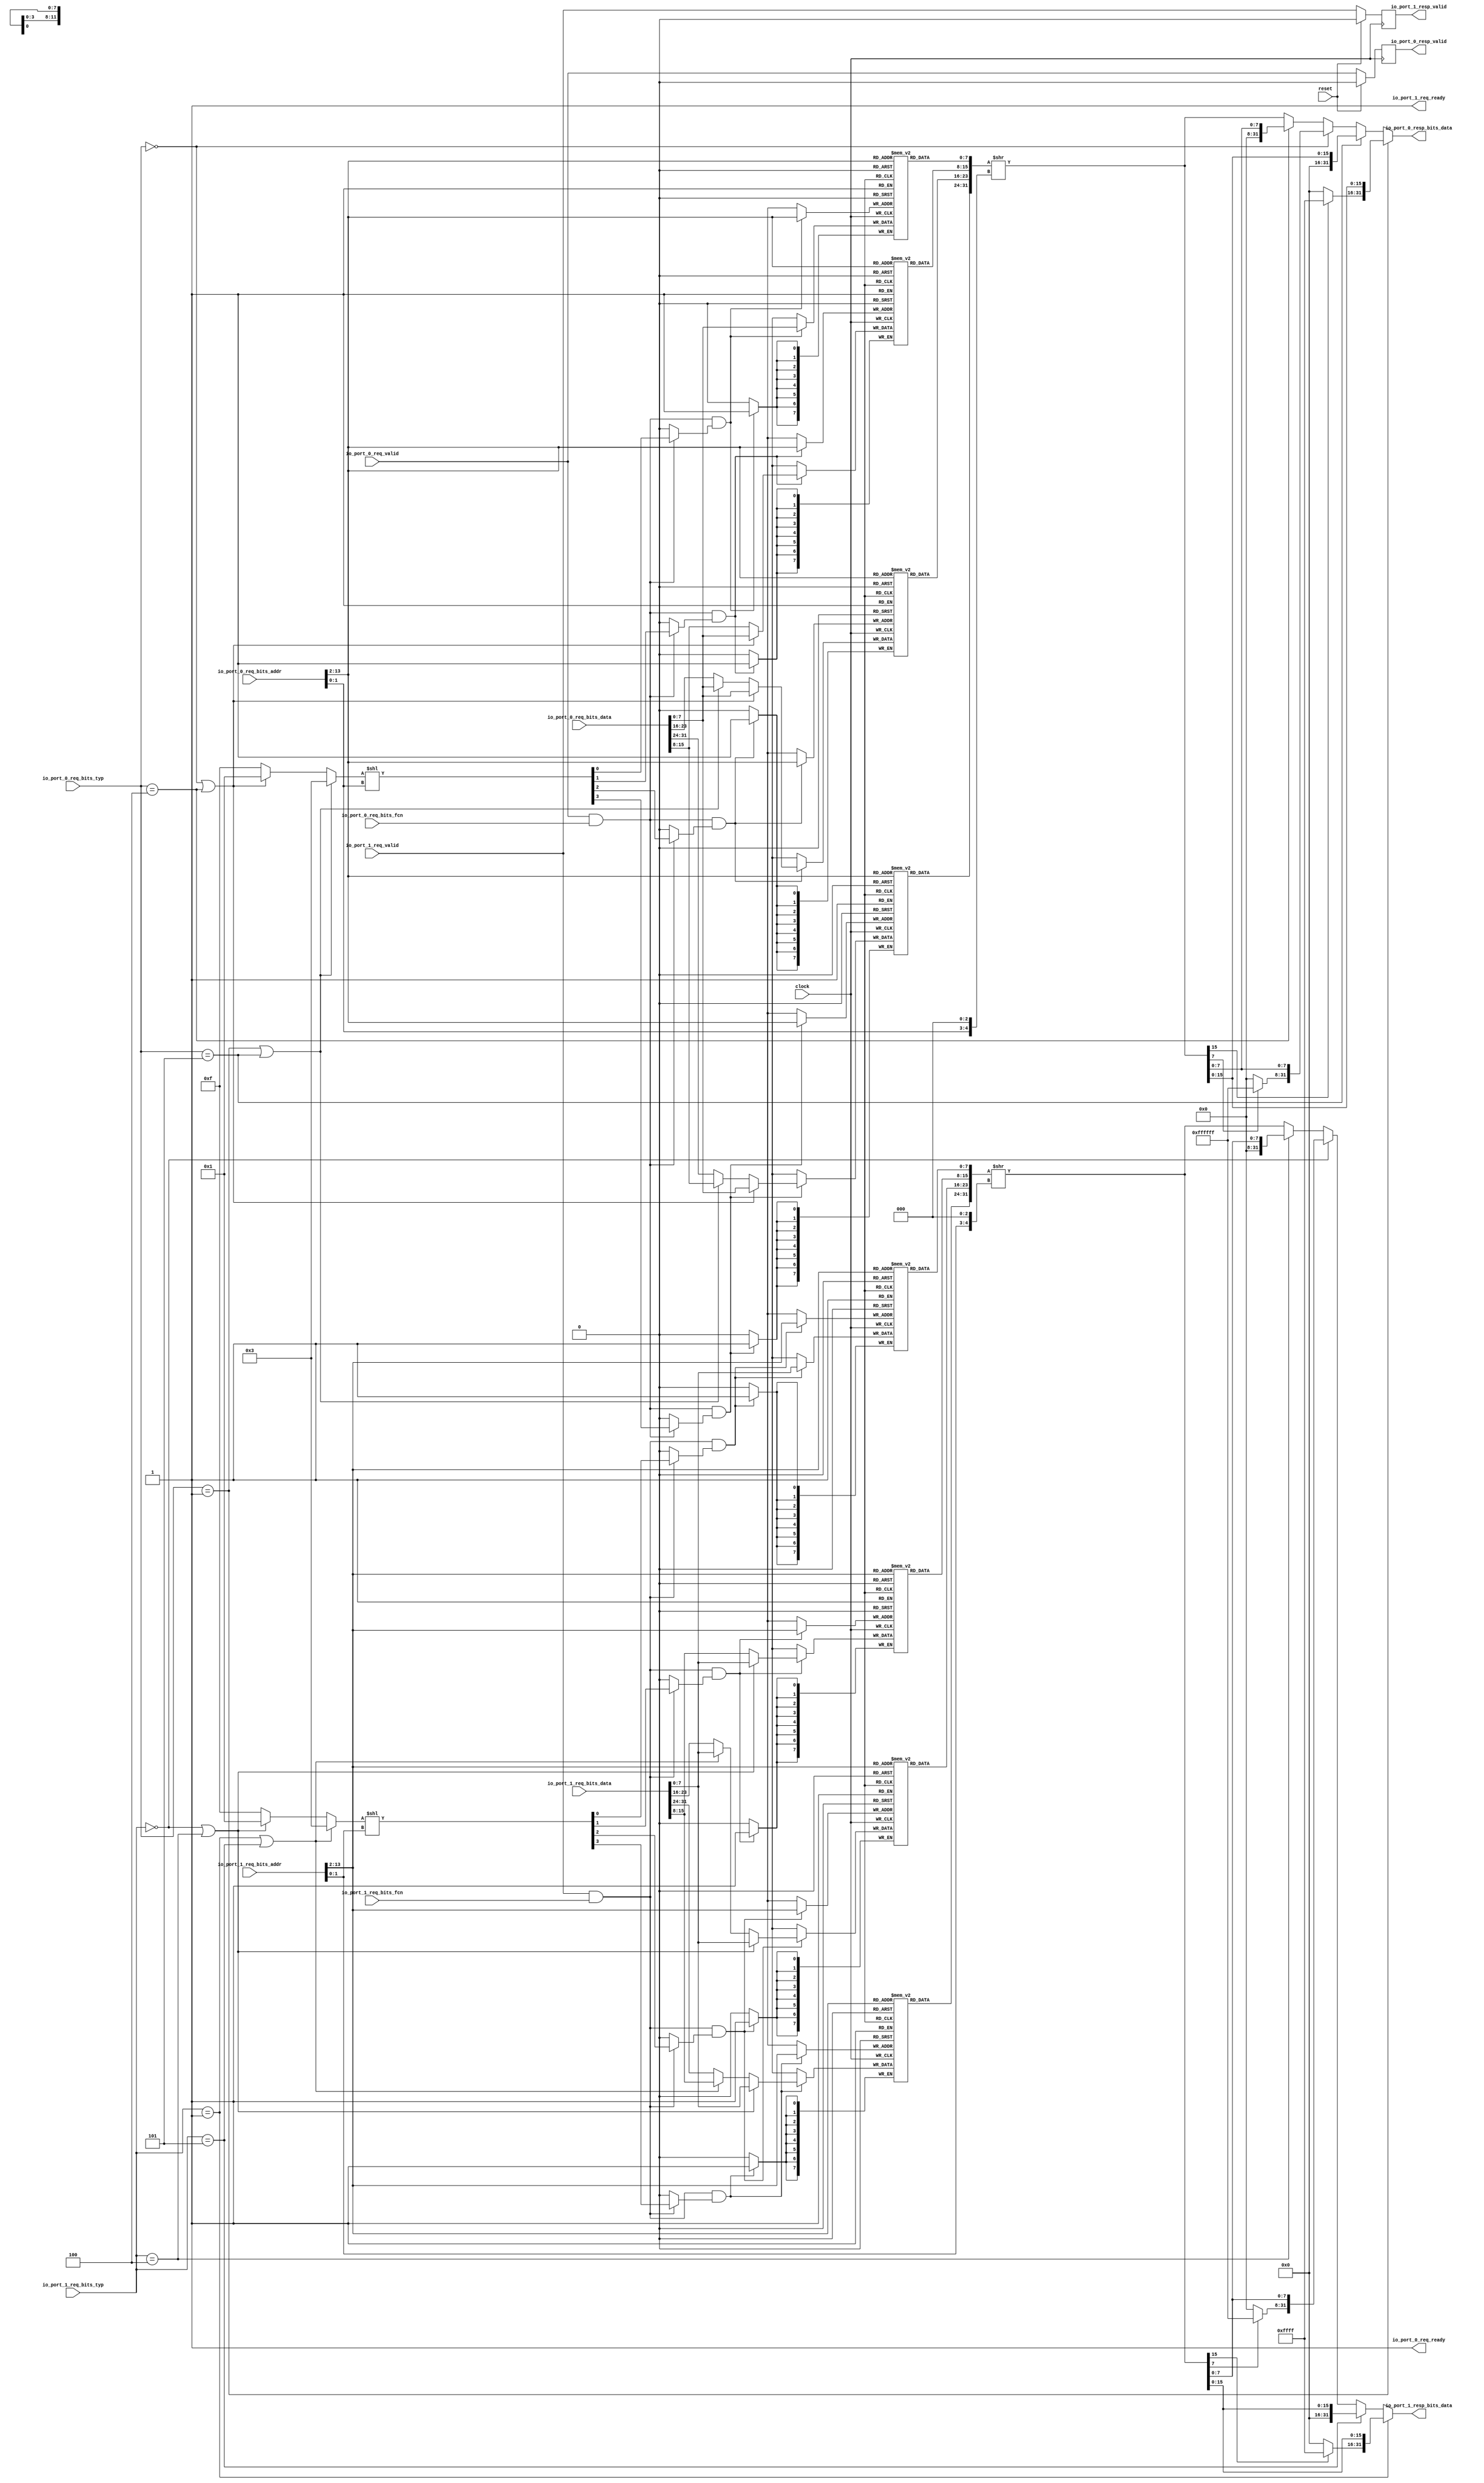
`ifdef RANDOMIZE_GARBAGE_ASSIGN
`define RANDOMIZE
`endif
`ifdef RANDOMIZE_INVALID_ASSIGN
`define RANDOMIZE
`endif
`ifdef RANDOMIZE_REG_INIT
`define RANDOMIZE
`endif
`ifdef RANDOMIZE_MEM_INIT
`define RANDOMIZE
`endif

module OnChipMemory(
  input         clock,
  input         reset,
  output        io_port_0_req_ready,
  input         io_port_0_req_valid,
  input  [31:0] io_port_0_req_bits_addr,
  input  [31:0] io_port_0_req_bits_data,
  input         io_port_0_req_bits_fcn,
  input  [2:0]  io_port_0_req_bits_typ,
  output        io_port_0_resp_valid,
  output [31:0] io_port_0_resp_bits_data,
  output        io_port_1_req_ready,
  input         io_port_1_req_valid,
  input  [31:0] io_port_1_req_bits_addr,
  input  [31:0] io_port_1_req_bits_data,
  input         io_port_1_req_bits_fcn,
  input  [2:0]  io_port_1_req_bits_typ,
  output        io_port_1_resp_valid,
  output [31:0] io_port_1_resp_bits_data
);
  reg [7:0] chipMem_0_0 [0:4095];
  reg [31:0] _GEN_0;
  wire [7:0] chipMem_0_0__T_230_data;
  wire [11:0] chipMem_0_0__T_230_addr;
  wire [7:0] chipMem_0_0__T_396_data;
  wire [11:0] chipMem_0_0__T_396_addr;
  wire  chipMem_0_0__T_396_mask;
  wire  chipMem_0_0__T_396_en;
  reg [7:0] chipMem_0_1 [0:4095];
  reg [31:0] _GEN_1;
  wire [7:0] chipMem_0_1__T_230_data;
  wire [11:0] chipMem_0_1__T_230_addr;
  wire [7:0] chipMem_0_1__T_396_data;
  wire [11:0] chipMem_0_1__T_396_addr;
  wire  chipMem_0_1__T_396_mask;
  wire  chipMem_0_1__T_396_en;
  reg [7:0] chipMem_0_2 [0:4095];
  reg [31:0] _GEN_2;
  wire [7:0] chipMem_0_2__T_230_data;
  wire [11:0] chipMem_0_2__T_230_addr;
  wire [7:0] chipMem_0_2__T_396_data;
  wire [11:0] chipMem_0_2__T_396_addr;
  wire  chipMem_0_2__T_396_mask;
  wire  chipMem_0_2__T_396_en;
  reg [7:0] chipMem_0_3 [0:4095];
  reg [31:0] _GEN_3;
  wire [7:0] chipMem_0_3__T_230_data;
  wire [11:0] chipMem_0_3__T_230_addr;
  wire [7:0] chipMem_0_3__T_396_data;
  wire [11:0] chipMem_0_3__T_396_addr;
  wire  chipMem_0_3__T_396_mask;
  wire  chipMem_0_3__T_396_en;
  reg [7:0] chipMem_1_0 [0:4095];
  reg [31:0] _GEN_4;
  wire [7:0] chipMem_1_0__T_437_data;
  wire [11:0] chipMem_1_0__T_437_addr;
  wire [7:0] chipMem_1_0__T_592_data;
  wire [11:0] chipMem_1_0__T_592_addr;
  wire  chipMem_1_0__T_592_mask;
  wire  chipMem_1_0__T_592_en;
  reg [7:0] chipMem_1_1 [0:4095];
  reg [31:0] _GEN_5;
  wire [7:0] chipMem_1_1__T_437_data;
  wire [11:0] chipMem_1_1__T_437_addr;
  wire [7:0] chipMem_1_1__T_592_data;
  wire [11:0] chipMem_1_1__T_592_addr;
  wire  chipMem_1_1__T_592_mask;
  wire  chipMem_1_1__T_592_en;
  reg [7:0] chipMem_1_2 [0:4095];
  reg [31:0] _GEN_6;
  wire [7:0] chipMem_1_2__T_437_data;
  wire [11:0] chipMem_1_2__T_437_addr;
  wire [7:0] chipMem_1_2__T_592_data;
  wire [11:0] chipMem_1_2__T_592_addr;
  wire  chipMem_1_2__T_592_mask;
  wire  chipMem_1_2__T_592_en;
  reg [7:0] chipMem_1_3 [0:4095];
  reg [31:0] _GEN_7;
  wire [7:0] chipMem_1_3__T_437_data;
  wire [11:0] chipMem_1_3__T_437_addr;
  wire [7:0] chipMem_1_3__T_592_data;
  wire [11:0] chipMem_1_3__T_592_addr;
  wire  chipMem_1_3__T_592_mask;
  wire  chipMem_1_3__T_592_en;
  reg  _T_208;
  reg [31:0] _GEN_8;
  wire [1:0] _T_210;
  wire [4:0] _T_212;
  reg [31:0] _T_214;
  reg [31:0] _GEN_9;
  wire [31:0] _T_216;
  wire [7:0] _T_220_0;
  wire [7:0] _T_220_1;
  wire [7:0] _T_220_2;
  wire [7:0] _T_220_3;
  wire [31:0] _T_228;
  wire [11:0] _T_229;
  wire [15:0] _T_242;
  wire [15:0] _T_243;
  wire [31:0] _T_244;
  wire [31:0] _T_245;
  wire  _T_257;
  wire  _T_258;
  wire [15:0] _T_262;
  wire [15:0] _T_263;
  wire [31:0] _T_264;
  wire  _T_265;
  wire [31:0] _T_272;
  wire  _T_273;
  wire  _T_274;
  wire [23:0] _T_278;
  wire [7:0] _T_279;
  wire [31:0] _T_280;
  wire  _T_281;
  wire [31:0] _T_288;
  wire [31:0] _T_290;
  wire [31:0] _T_291;
  wire [31:0] _T_292;
  wire [31:0] _T_293;
  wire  _T_295;
  wire  _T_301;
  wire  _T_304;
  wire [7:0] _T_308_0;
  wire [7:0] _T_308_1;
  wire [7:0] _T_308_2;
  wire [7:0] _T_308_3;
  wire [7:0] _T_315;
  wire [7:0] _T_321_0;
  wire [7:0] _T_321_1;
  wire [7:0] _T_321_2;
  wire [7:0] _T_321_3;
  wire [7:0] _T_329;
  wire [7:0] _T_334_0;
  wire [7:0] _T_334_1;
  wire [7:0] _T_334_2;
  wire [7:0] _T_334_3;
  wire [7:0] _T_343;
  wire [7:0] _T_344;
  wire [7:0] _T_347_0;
  wire [7:0] _T_347_1;
  wire [7:0] _T_347_2;
  wire [7:0] _T_347_3;
  wire [7:0] _T_354_0;
  wire [7:0] _T_354_1;
  wire [7:0] _T_354_2;
  wire [7:0] _T_354_3;
  wire [7:0] _T_366_0;
  wire [7:0] _T_366_1;
  wire [7:0] _T_366_2;
  wire [7:0] _T_366_3;
  wire [3:0] _T_387;
  wire [3:0] _T_388;
  wire [6:0] _GEN_88;
  wire [6:0] _T_389;
  wire [3:0] _T_390;
  wire  _T_391;
  wire  _T_392;
  wire  _T_393;
  wire  _T_394;
  wire  _GEN_12;
  wire  _GEN_14;
  wire  _GEN_16;
  wire  _GEN_18;
  wire  _T_408;
  wire  _T_409;
  wire  _T_411;
  wire  _T_412;
  wire [31:0] _GEN_19;
  reg  _T_415;
  reg [31:0] _GEN_10;
  wire [1:0] _T_417;
  wire [4:0] _T_419;
  reg [31:0] _T_421;
  reg [31:0] _GEN_11;
  wire [31:0] _T_423;
  wire [7:0] _T_427_0;
  wire [7:0] _T_427_1;
  wire [7:0] _T_427_2;
  wire [7:0] _T_427_3;
  wire [31:0] _T_435;
  wire [11:0] _T_436;
  wire [15:0] _T_449;
  wire [15:0] _T_450;
  wire [31:0] _T_451;
  wire [31:0] _T_452;
  wire  _T_453;
  wire  _T_454;
  wire [15:0] _T_458;
  wire [15:0] _T_459;
  wire [31:0] _T_460;
  wire  _T_461;
  wire [31:0] _T_468;
  wire  _T_469;
  wire  _T_470;
  wire [23:0] _T_474;
  wire [7:0] _T_475;
  wire [31:0] _T_476;
  wire  _T_477;
  wire [31:0] _T_484;
  wire [31:0] _T_486;
  wire [31:0] _T_487;
  wire [31:0] _T_488;
  wire [31:0] _T_489;
  wire  _T_491;
  wire  _T_497;
  wire  _T_500;
  wire [7:0] _T_504_0;
  wire [7:0] _T_504_1;
  wire [7:0] _T_504_2;
  wire [7:0] _T_504_3;
  wire [7:0] _T_511;
  wire [7:0] _T_517_0;
  wire [7:0] _T_517_1;
  wire [7:0] _T_517_2;
  wire [7:0] _T_517_3;
  wire [7:0] _T_525;
  wire [7:0] _T_530_0;
  wire [7:0] _T_530_1;
  wire [7:0] _T_530_2;
  wire [7:0] _T_530_3;
  wire [7:0] _T_539;
  wire [7:0] _T_540;
  wire [7:0] _T_543_0;
  wire [7:0] _T_543_1;
  wire [7:0] _T_543_2;
  wire [7:0] _T_543_3;
  wire [7:0] _T_550_0;
  wire [7:0] _T_550_1;
  wire [7:0] _T_550_2;
  wire [7:0] _T_550_3;
  wire [7:0] _T_562_0;
  wire [7:0] _T_562_1;
  wire [7:0] _T_562_2;
  wire [7:0] _T_562_3;
  wire [3:0] _T_583;
  wire [3:0] _T_584;
  wire [6:0] _GEN_89;
  wire [6:0] _T_585;
  wire [3:0] _T_586;
  wire  _T_587;
  wire  _T_588;
  wire  _T_589;
  wire  _T_590;
  wire  _GEN_32;
  wire  _GEN_34;
  wire  _GEN_36;
  wire  _GEN_38;
  wire  _T_604;
  wire  _T_605;
  wire  _T_607;
  wire  _T_608;
  wire [31:0] _GEN_39;
  assign io_port_0_req_ready = 1'h1;
  assign io_port_0_resp_valid = _T_208;
  assign io_port_0_resp_bits_data = _T_228;
  assign io_port_1_req_ready = 1'h1;
  assign io_port_1_resp_valid = _T_415;
  assign io_port_1_resp_bits_data = _T_435;
  assign chipMem_0_0__T_230_addr = _T_229;
  assign chipMem_0_0__T_230_data = chipMem_0_0[chipMem_0_0__T_230_addr];
  assign chipMem_0_0__T_396_data = _T_308_0;
  assign chipMem_0_0__T_396_addr = _T_229;
  assign chipMem_0_0__T_396_mask = _GEN_12;
  assign chipMem_0_0__T_396_en = _T_295;
  assign chipMem_0_1__T_230_addr = _T_229;
  assign chipMem_0_1__T_230_data = chipMem_0_1[chipMem_0_1__T_230_addr];
  assign chipMem_0_1__T_396_data = _T_308_1;
  assign chipMem_0_1__T_396_addr = _T_229;
  assign chipMem_0_1__T_396_mask = _GEN_14;
  assign chipMem_0_1__T_396_en = _T_295;
  assign chipMem_0_2__T_230_addr = _T_229;
  assign chipMem_0_2__T_230_data = chipMem_0_2[chipMem_0_2__T_230_addr];
  assign chipMem_0_2__T_396_data = _T_308_2;
  assign chipMem_0_2__T_396_addr = _T_229;
  assign chipMem_0_2__T_396_mask = _GEN_16;
  assign chipMem_0_2__T_396_en = _T_295;
  assign chipMem_0_3__T_230_addr = _T_229;
  assign chipMem_0_3__T_230_data = chipMem_0_3[chipMem_0_3__T_230_addr];
  assign chipMem_0_3__T_396_data = _T_308_3;
  assign chipMem_0_3__T_396_addr = _T_229;
  assign chipMem_0_3__T_396_mask = _GEN_18;
  assign chipMem_0_3__T_396_en = _T_295;
  assign chipMem_1_0__T_437_addr = _T_436;
  assign chipMem_1_0__T_437_data = chipMem_1_0[chipMem_1_0__T_437_addr];
  assign chipMem_1_0__T_592_data = _T_504_0;
  assign chipMem_1_0__T_592_addr = _T_436;
  assign chipMem_1_0__T_592_mask = _GEN_32;
  assign chipMem_1_0__T_592_en = _T_491;
  assign chipMem_1_1__T_437_addr = _T_436;
  assign chipMem_1_1__T_437_data = chipMem_1_1[chipMem_1_1__T_437_addr];
  assign chipMem_1_1__T_592_data = _T_504_1;
  assign chipMem_1_1__T_592_addr = _T_436;
  assign chipMem_1_1__T_592_mask = _GEN_34;
  assign chipMem_1_1__T_592_en = _T_491;
  assign chipMem_1_2__T_437_addr = _T_436;
  assign chipMem_1_2__T_437_data = chipMem_1_2[chipMem_1_2__T_437_addr];
  assign chipMem_1_2__T_592_data = _T_504_2;
  assign chipMem_1_2__T_592_addr = _T_436;
  assign chipMem_1_2__T_592_mask = _GEN_36;
  assign chipMem_1_2__T_592_en = _T_491;
  assign chipMem_1_3__T_437_addr = _T_436;
  assign chipMem_1_3__T_437_data = chipMem_1_3[chipMem_1_3__T_437_addr];
  assign chipMem_1_3__T_592_data = _T_504_3;
  assign chipMem_1_3__T_592_addr = _T_436;
  assign chipMem_1_3__T_592_mask = _GEN_38;
  assign chipMem_1_3__T_592_en = _T_491;
  assign _T_210 = io_port_0_req_bits_addr[1:0];
  assign _T_212 = {_T_210,3'h0};
  assign _T_216 = io_port_0_req_bits_addr >> 2'h2;
  assign _T_220_0 = chipMem_0_0__T_230_data;
  assign _T_220_1 = chipMem_0_1__T_230_data;
  assign _T_220_2 = chipMem_0_2__T_230_data;
  assign _T_220_3 = chipMem_0_3__T_230_data;
  assign _T_228 = _T_293;
  assign _T_229 = _T_216[11:0];
  assign _T_242 = {_T_220_1,_T_220_0};
  assign _T_243 = {_T_220_3,_T_220_2};
  assign _T_244 = {_T_243,_T_242};
  assign _T_245 = _T_244 >> _T_212;
  assign _T_257 = io_port_0_req_bits_typ == 3'h1;
  assign _T_258 = _T_245[15];
  assign _T_262 = _T_258 ? 16'hffff : 16'h0;
  assign _T_263 = _T_245[15:0];
  assign _T_264 = {_T_262,_T_263};
  assign _T_265 = io_port_0_req_bits_typ == 3'h5;
  assign _T_272 = {16'h0,_T_263};
  assign _T_273 = io_port_0_req_bits_typ == 3'h0;
  assign _T_274 = _T_245[7];
  assign _T_278 = _T_274 ? 24'hffffff : 24'h0;
  assign _T_279 = _T_245[7:0];
  assign _T_280 = {_T_278,_T_279};
  assign _T_281 = io_port_0_req_bits_typ == 3'h4;
  assign _T_288 = {24'h0,_T_279};
  assign _T_290 = _T_281 ? _T_288 : _T_245;
  assign _T_291 = _T_273 ? _T_280 : _T_290;
  assign _T_292 = _T_265 ? _T_272 : _T_291;
  assign _T_293 = _T_257 ? _T_264 : _T_292;
  assign _T_295 = io_port_0_req_valid & io_port_0_req_bits_fcn;
  assign _T_301 = _T_257 | _T_265;
  assign _T_304 = _T_273 | _T_281;
  assign _T_308_0 = _T_366_0;
  assign _T_308_1 = _T_366_1;
  assign _T_308_2 = _T_366_2;
  assign _T_308_3 = _T_366_3;
  assign _T_315 = io_port_0_req_bits_data[7:0];
  assign _T_321_0 = _T_315;
  assign _T_321_1 = _T_315;
  assign _T_321_2 = _T_315;
  assign _T_321_3 = _T_315;
  assign _T_329 = io_port_0_req_bits_data[15:8];
  assign _T_334_0 = _T_315;
  assign _T_334_1 = _T_329;
  assign _T_334_2 = _T_315;
  assign _T_334_3 = _T_329;
  assign _T_343 = io_port_0_req_bits_data[23:16];
  assign _T_344 = io_port_0_req_bits_data[31:24];
  assign _T_347_0 = _T_315;
  assign _T_347_1 = _T_329;
  assign _T_347_2 = _T_343;
  assign _T_347_3 = _T_344;
  assign _T_354_0 = _T_301 ? _T_334_0 : _T_347_0;
  assign _T_354_1 = _T_301 ? _T_334_1 : _T_347_1;
  assign _T_354_2 = _T_301 ? _T_334_2 : _T_347_2;
  assign _T_354_3 = _T_301 ? _T_334_3 : _T_347_3;
  assign _T_366_0 = _T_304 ? _T_321_0 : _T_354_0;
  assign _T_366_1 = _T_304 ? _T_321_1 : _T_354_1;
  assign _T_366_2 = _T_304 ? _T_321_2 : _T_354_2;
  assign _T_366_3 = _T_304 ? _T_321_3 : _T_354_3;
  assign _T_387 = _T_304 ? 4'h1 : 4'hf;
  assign _T_388 = _T_301 ? 4'h3 : _T_387;
  assign _GEN_88 = {{3'd0}, _T_388};
  assign _T_389 = _GEN_88 << _T_210;
  assign _T_390 = _T_389[3:0];
  assign _T_391 = _T_390[0];
  assign _T_392 = _T_390[1];
  assign _T_393 = _T_390[2];
  assign _T_394 = _T_390[3];
  assign _GEN_12 = _T_295 ? _T_391 : 1'h0;
  assign _GEN_14 = _T_295 ? _T_392 : 1'h0;
  assign _GEN_16 = _T_295 ? _T_393 : 1'h0;
  assign _GEN_18 = _T_295 ? _T_394 : 1'h0;
  assign _T_408 = io_port_0_req_bits_fcn == 1'h0;
  assign _T_409 = io_port_0_req_valid & _T_408;
  assign _T_411 = _T_295 == 1'h0;
  assign _T_412 = _T_411 & _T_409;
  assign _GEN_19 = _T_412 ? _T_216 : _T_214;
  assign _T_417 = io_port_1_req_bits_addr[1:0];
  assign _T_419 = {_T_417,3'h0};
  assign _T_423 = io_port_1_req_bits_addr >> 2'h2;
  assign _T_427_0 = chipMem_1_0__T_437_data;
  assign _T_427_1 = chipMem_1_1__T_437_data;
  assign _T_427_2 = chipMem_1_2__T_437_data;
  assign _T_427_3 = chipMem_1_3__T_437_data;
  assign _T_435 = _T_489;
  assign _T_436 = _T_423[11:0];
  assign _T_449 = {_T_427_1,_T_427_0};
  assign _T_450 = {_T_427_3,_T_427_2};
  assign _T_451 = {_T_450,_T_449};
  assign _T_452 = _T_451 >> _T_419;
  assign _T_453 = io_port_1_req_bits_typ == 3'h1;
  assign _T_454 = _T_452[15];
  assign _T_458 = _T_454 ? 16'hffff : 16'h0;
  assign _T_459 = _T_452[15:0];
  assign _T_460 = {_T_458,_T_459};
  assign _T_461 = io_port_1_req_bits_typ == 3'h5;
  assign _T_468 = {16'h0,_T_459};
  assign _T_469 = io_port_1_req_bits_typ == 3'h0;
  assign _T_470 = _T_452[7];
  assign _T_474 = _T_470 ? 24'hffffff : 24'h0;
  assign _T_475 = _T_452[7:0];
  assign _T_476 = {_T_474,_T_475};
  assign _T_477 = io_port_1_req_bits_typ == 3'h4;
  assign _T_484 = {24'h0,_T_475};
  assign _T_486 = _T_477 ? _T_484 : _T_452;
  assign _T_487 = _T_469 ? _T_476 : _T_486;
  assign _T_488 = _T_461 ? _T_468 : _T_487;
  assign _T_489 = _T_453 ? _T_460 : _T_488;
  assign _T_491 = io_port_1_req_valid & io_port_1_req_bits_fcn;
  assign _T_497 = _T_453 | _T_461;
  assign _T_500 = _T_469 | _T_477;
  assign _T_504_0 = _T_562_0;
  assign _T_504_1 = _T_562_1;
  assign _T_504_2 = _T_562_2;
  assign _T_504_3 = _T_562_3;
  assign _T_511 = io_port_1_req_bits_data[7:0];
  assign _T_517_0 = _T_511;
  assign _T_517_1 = _T_511;
  assign _T_517_2 = _T_511;
  assign _T_517_3 = _T_511;
  assign _T_525 = io_port_1_req_bits_data[15:8];
  assign _T_530_0 = _T_511;
  assign _T_530_1 = _T_525;
  assign _T_530_2 = _T_511;
  assign _T_530_3 = _T_525;
  assign _T_539 = io_port_1_req_bits_data[23:16];
  assign _T_540 = io_port_1_req_bits_data[31:24];
  assign _T_543_0 = _T_511;
  assign _T_543_1 = _T_525;
  assign _T_543_2 = _T_539;
  assign _T_543_3 = _T_540;
  assign _T_550_0 = _T_497 ? _T_530_0 : _T_543_0;
  assign _T_550_1 = _T_497 ? _T_530_1 : _T_543_1;
  assign _T_550_2 = _T_497 ? _T_530_2 : _T_543_2;
  assign _T_550_3 = _T_497 ? _T_530_3 : _T_543_3;
  assign _T_562_0 = _T_500 ? _T_517_0 : _T_550_0;
  assign _T_562_1 = _T_500 ? _T_517_1 : _T_550_1;
  assign _T_562_2 = _T_500 ? _T_517_2 : _T_550_2;
  assign _T_562_3 = _T_500 ? _T_517_3 : _T_550_3;
  assign _T_583 = _T_500 ? 4'h1 : 4'hf;
  assign _T_584 = _T_497 ? 4'h3 : _T_583;
  assign _GEN_89 = {{3'd0}, _T_584};
  assign _T_585 = _GEN_89 << _T_417;
  assign _T_586 = _T_585[3:0];
  assign _T_587 = _T_586[0];
  assign _T_588 = _T_586[1];
  assign _T_589 = _T_586[2];
  assign _T_590 = _T_586[3];
  assign _GEN_32 = _T_491 ? _T_587 : 1'h0;
  assign _GEN_34 = _T_491 ? _T_588 : 1'h0;
  assign _GEN_36 = _T_491 ? _T_589 : 1'h0;
  assign _GEN_38 = _T_491 ? _T_590 : 1'h0;
  assign _T_604 = io_port_1_req_bits_fcn == 1'h0;
  assign _T_605 = io_port_1_req_valid & _T_604;
  assign _T_607 = _T_491 == 1'h0;
  assign _T_608 = _T_607 & _T_605;
  assign _GEN_39 = _T_608 ? _T_423 : _T_421;
`ifdef RANDOMIZE
  integer initvar;
  initial begin
    `ifndef verilator
      #0.002 begin end
    `endif
  _GEN_0 = {1{$random}};
  `ifdef RANDOMIZE_MEM_INIT
  for (initvar = 0; initvar < 4096; initvar = initvar+1)
    chipMem_0_0[initvar] = _GEN_0[7:0];
  `endif
  _GEN_1 = {1{$random}};
  `ifdef RANDOMIZE_MEM_INIT
  for (initvar = 0; initvar < 4096; initvar = initvar+1)
    chipMem_0_1[initvar] = _GEN_1[7:0];
  `endif
  _GEN_2 = {1{$random}};
  `ifdef RANDOMIZE_MEM_INIT
  for (initvar = 0; initvar < 4096; initvar = initvar+1)
    chipMem_0_2[initvar] = _GEN_2[7:0];
  `endif
  _GEN_3 = {1{$random}};
  `ifdef RANDOMIZE_MEM_INIT
  for (initvar = 0; initvar < 4096; initvar = initvar+1)
    chipMem_0_3[initvar] = _GEN_3[7:0];
  `endif
  _GEN_4 = {1{$random}};
  `ifdef RANDOMIZE_MEM_INIT
  for (initvar = 0; initvar < 4096; initvar = initvar+1)
    chipMem_1_0[initvar] = _GEN_4[7:0];
  `endif
  _GEN_5 = {1{$random}};
  `ifdef RANDOMIZE_MEM_INIT
  for (initvar = 0; initvar < 4096; initvar = initvar+1)
    chipMem_1_1[initvar] = _GEN_5[7:0];
  `endif
  _GEN_6 = {1{$random}};
  `ifdef RANDOMIZE_MEM_INIT
  for (initvar = 0; initvar < 4096; initvar = initvar+1)
    chipMem_1_2[initvar] = _GEN_6[7:0];
  `endif
  _GEN_7 = {1{$random}};
  `ifdef RANDOMIZE_MEM_INIT
  for (initvar = 0; initvar < 4096; initvar = initvar+1)
    chipMem_1_3[initvar] = _GEN_7[7:0];
  `endif
  `ifdef RANDOMIZE_REG_INIT
  _GEN_8 = {1{$random}};
  _T_208 = _GEN_8[0:0];
  `endif
  `ifdef RANDOMIZE_REG_INIT
  _GEN_9 = {1{$random}};
  _T_214 = _GEN_9[31:0];
  `endif
  `ifdef RANDOMIZE_REG_INIT
  _GEN_10 = {1{$random}};
  _T_415 = _GEN_10[0:0];
  `endif
  `ifdef RANDOMIZE_REG_INIT
  _GEN_11 = {1{$random}};
  _T_421 = _GEN_11[31:0];
  `endif
  end
`endif
  always @(posedge clock) begin
    if(chipMem_0_0__T_396_en & chipMem_0_0__T_396_mask) begin
      chipMem_0_0[chipMem_0_0__T_396_addr] <= chipMem_0_0__T_396_data;
    end
    if(chipMem_0_1__T_396_en & chipMem_0_1__T_396_mask) begin
      chipMem_0_1[chipMem_0_1__T_396_addr] <= chipMem_0_1__T_396_data;
    end
    if(chipMem_0_2__T_396_en & chipMem_0_2__T_396_mask) begin
      chipMem_0_2[chipMem_0_2__T_396_addr] <= chipMem_0_2__T_396_data;
    end
    if(chipMem_0_3__T_396_en & chipMem_0_3__T_396_mask) begin
      chipMem_0_3[chipMem_0_3__T_396_addr] <= chipMem_0_3__T_396_data;
    end
    if(chipMem_1_0__T_592_en & chipMem_1_0__T_592_mask) begin
      chipMem_1_0[chipMem_1_0__T_592_addr] <= chipMem_1_0__T_592_data;
    end
    if(chipMem_1_1__T_592_en & chipMem_1_1__T_592_mask) begin
      chipMem_1_1[chipMem_1_1__T_592_addr] <= chipMem_1_1__T_592_data;
    end
    if(chipMem_1_2__T_592_en & chipMem_1_2__T_592_mask) begin
      chipMem_1_2[chipMem_1_2__T_592_addr] <= chipMem_1_2__T_592_data;
    end
    if(chipMem_1_3__T_592_en & chipMem_1_3__T_592_mask) begin
      chipMem_1_3[chipMem_1_3__T_592_addr] <= chipMem_1_3__T_592_data;
    end
    if (reset) begin
      _T_208 <= 1'h0;
    end else begin
      _T_208 <= io_port_0_req_valid;
    end
    if (_T_412) begin
      _T_214 <= _T_216;
    end
    if (reset) begin
      _T_415 <= 1'h0;
    end else begin
      _T_415 <= io_port_1_req_valid;
    end
    if (_T_608) begin
      _T_421 <= _T_423;
    end
  end
endmodule